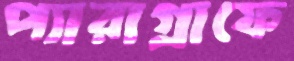
প্যারাগ্রাফে